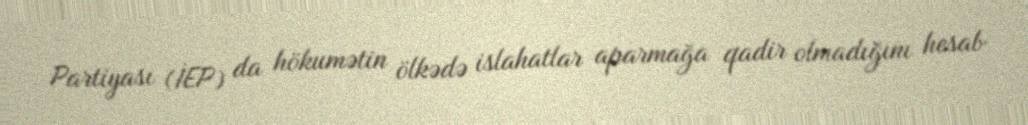
Partiyası (İEP) da hökumətin ölkədə islahatlar aparmağa qadir olmadığını hesab